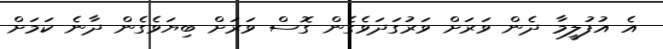
އެ އުފުލީމާ ދެން ވަރަށް ވަރުގަދަވެގެން ގޮސް ވަރަށް ބިޔަވެގެން ދާނެ ކަމަށް